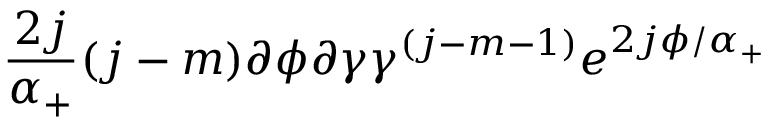
\frac { 2 j } { \alpha _ { + } } ( j - m ) \partial \phi \partial \gamma \gamma ^ { ( j - m - 1 ) } e ^ { 2 j \phi / \alpha _ { + } }